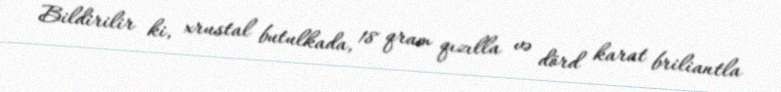
Bildirilir ki, xrustal butulkada, 18 qram qızılla və dörd karat briliantla